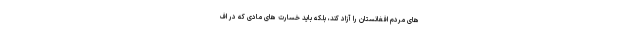
های مردم افغانستان را آزاد کند، بلکه باید خسارت های مادی که در اف